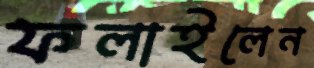
ফলাইলেন